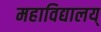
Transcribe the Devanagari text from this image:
महाविद्यालय्